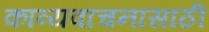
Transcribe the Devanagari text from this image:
काव्यवाचनासाठी